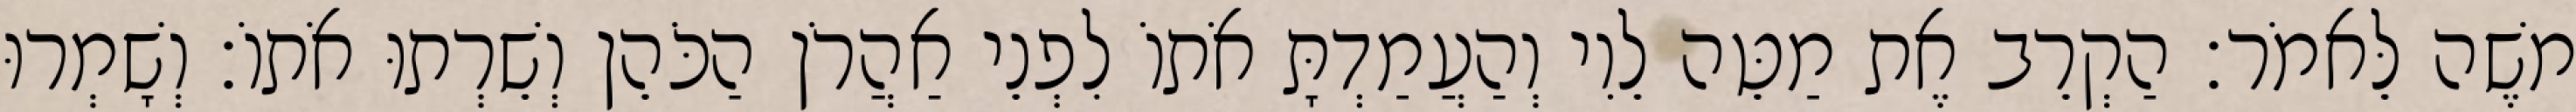
משֶׁה לֵּאמֹר׃ הַקְרֵב אֶת מַטֵּה לֵוִי וְהַעֲמַדְתָּ אֹתוֹ לִפְנֵי אַהֲרֹן הַכֹּהֵן וְשֵׁרְתוּ אֹתוֹ׃ וְשָׁמְרוּ